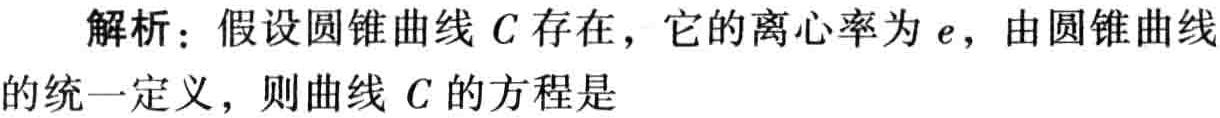
解析：假设圆锥曲线 \(C\) 存在，它的离心率为 \(e\)，由圆锥曲线的统一定义，则曲线 \(C\) 的方程是